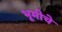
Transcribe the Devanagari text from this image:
भूमीचे